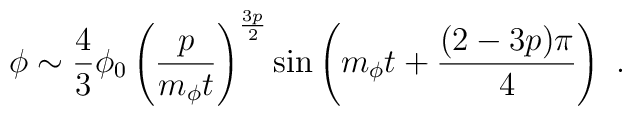
\phi \sim \frac{4}{3} \phi_0\left( \frac{p}{m_\phi t} \right)^{\frac{3p}{2}}\sin \left( m_\phi t + \frac{(2-3p)\pi}{4} \right) \ .